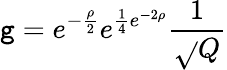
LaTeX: \mathtt{g}=e^{-\frac{{\rho}}{{2}}}e^{\frac{{1}}{{4}}e^{-2\rho}}\frac{{1}}{{\sqrt{}{{Q}}}}